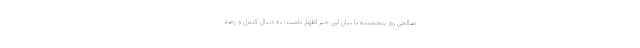
صالحی روز پنجشنبه با بیان این خبر اظهار داشت: به دنبال کنترل و رصد